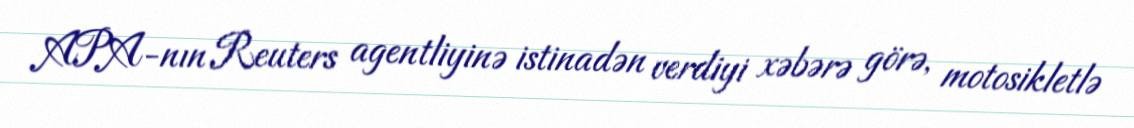
APA-nın Reuters agentliyinə istinadən verdiyi xəbərə görə, motosikletlə